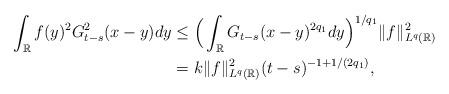
LaTeX: \begin{align*}\int_{\mathbb{R}} f(y)^2 G_{t-s}^2(x-y) dy &\leq \Big( \int_{\mathbb{R}} G_{t-s}(x-y)^{2q_1} dy \Big)^{1/q_1} \| f\| ^2_{L^q(\mathbb{R})}\\&= k \| f\| ^2_{L^q(\mathbb{R})} (t-s)^{-1+1/(2q_1)},\end{align*}